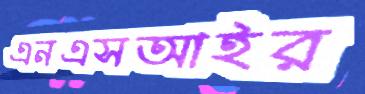
এনএসআইর